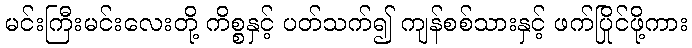
မင်းကြီးမင်းလေးတို့ ကိစ္စနှင့် ပတ်သက်၍ ကျန်စစ်သားနှင့် ဖက်ပြိုင်ဖို့ကား